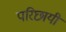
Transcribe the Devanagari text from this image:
परिछायी